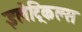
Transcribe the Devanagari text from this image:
इलेट्रिकल्स